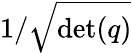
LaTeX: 1/{\sqrt{\operatorname*{det}(q)}}